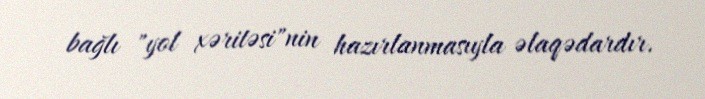
bağlı "yol xəritəsi"nin hazırlanmasıyla əlaqədardır.